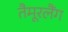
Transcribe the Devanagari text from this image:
तैमूरलैंग